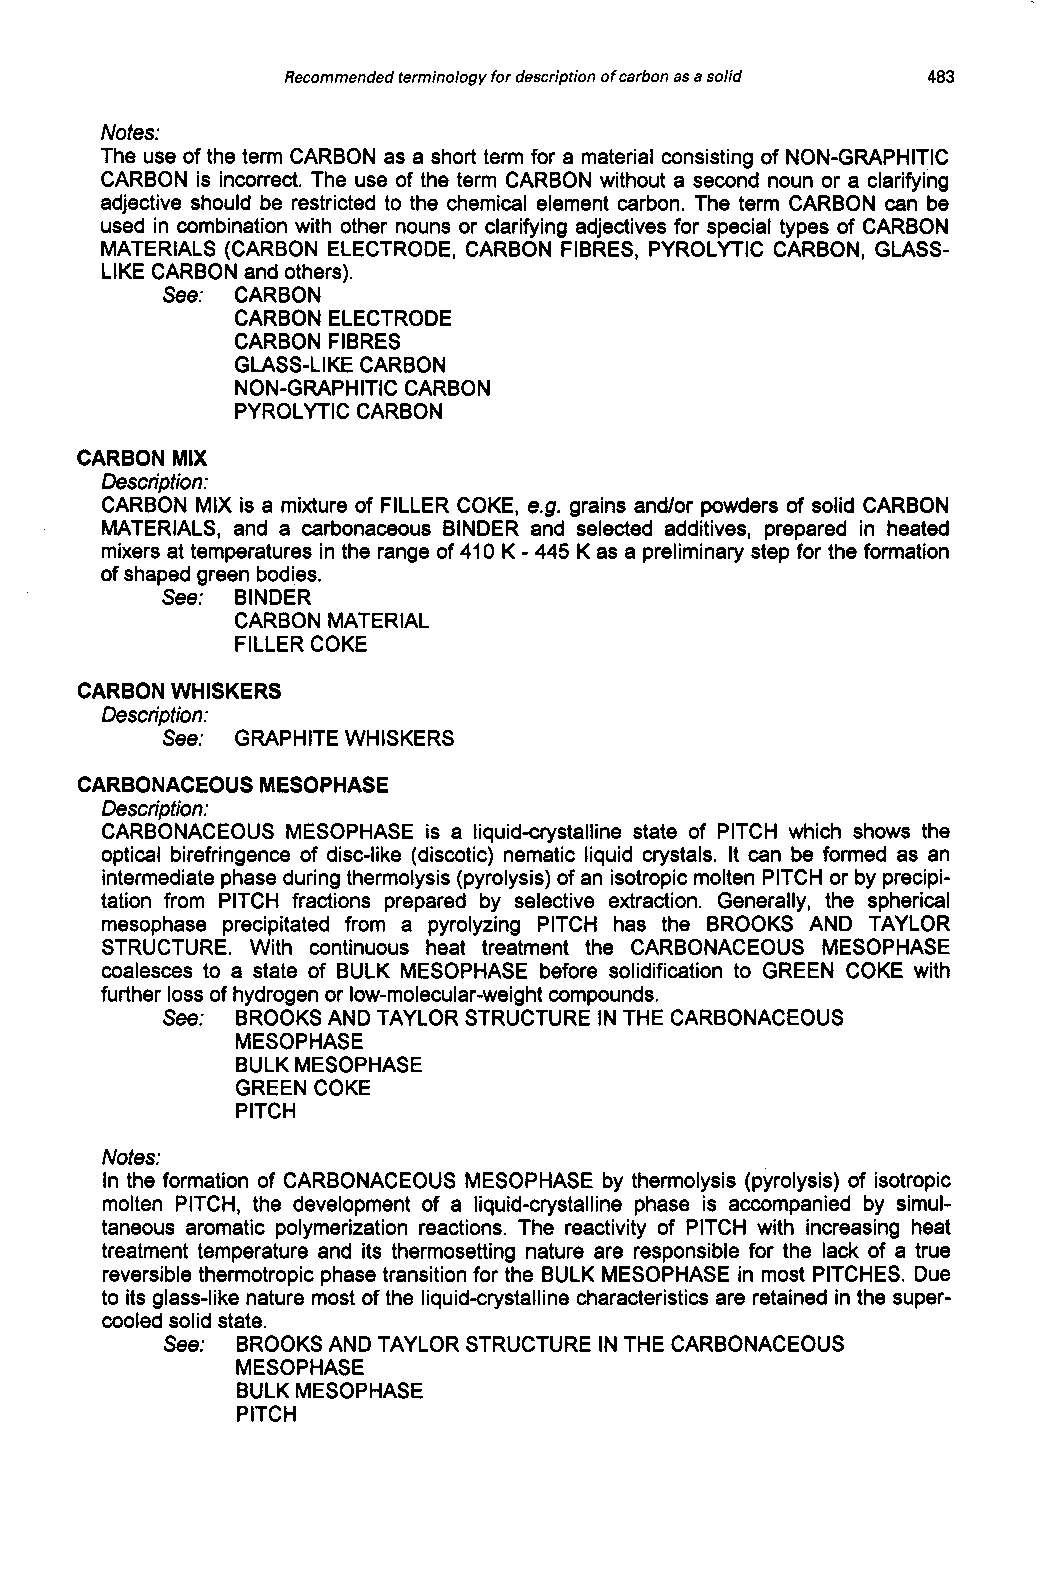
Recommended terminology for description of carbon as a solid 483
 Notes:
 The use of the term CARBON as a short term for a material consisting of NON-GRAPHITIC
 CARBON is incorrect. The use of the term CARBON without a second noun or a clarifying
 adjective should be restricted to the chemical element carbon. The term CARBON can be
 used in combination with other nouns or clarifying adjectives for special types of CARBON
 MATERIALS (CARBON ELECTRODE, CARBON FIBRES, PYROLYTIC CARBON, GLASS-
 LIKE CARBON and others).
 See: CARBON
 CARBON ELECTRODE
 CARBON FIBRES
 GLASS-LIKE CARBON
 NON-GRAPHITIC CARBON
 PYROLYTIC CARBON
 CARBON MIX
 Description:
 CARBON MIX is a mixture of FILLER COKE, e.g. grains and/or powders of solid CARBON
 MATERIALS, and a carbonaceous BINDER and selected additives, prepared in heated
 -
 mixers at temperatures in the range of 410 K 445 K as a preliminary step for the formation
 of shaped green bodies.
 See: BINDER
 CARBON MATERIAL
 FILLER COKE
 CARBON WHISKERS
 Description:
 See: GRAPHITE WHISKERS
 CARBONACEOUSMESOPHASE
 Description:
 CARBONACEOUS MESOPHASE is a liquid-crystalline state of PITCH which shows the
 optical birefringence of disc-like (discotic) nematic liquid crystals. It can be formed as an
 intermediate phase during thermolysis (pyrolysis) of an isotropic molten PITCH or by precipi-
 tation from PITCH fractions prepared by selective extraction. Generally, the spherical
 mesophase precipitated from a pyrolyzing PITCH has the BROOKS AND TAYLOR
 STRUCTURE. With continuous heat treatment the CARBONACEOUS MESOPHASE
 coalesces to a state of BULK MESOPHASE before solidification to GREEN COKE with
 further loss of hydrogen or low-molecular-weight compounds.
 See: BROOKS AND TAYLOR STRUCTURE IN THE CARBONACEOUS
 MESOPHASE
 BULK MESOPHASE
 GREEN COKE
 PITCH
 Notes:
 In the formation of CARBONACEOUS MESOPHASE by thermolysis (pyrolysis) of isotropic
 molten PITCH, the development of a liquid-crystalline phase is accompanied by simul-
 taneous aromatic polymerization reactions. The reactivity of PITCH with increasing heat
 treatment temperature and its thermosetting nature are responsible for the lack of a true
 reversible thermotropic phase transition for the BULK MESOPHASE in most PITCHES. Due
 to its glass-like nature most of the liquid-crystalline characteristics are retained in the super-
 cooled solid state.
 See: BROOKS AND TAYLOR STRUCTURE IN THE CARBONACEOUS
 MESOPHASE
 BULK MESOPHASE
 PITCH